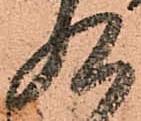
九